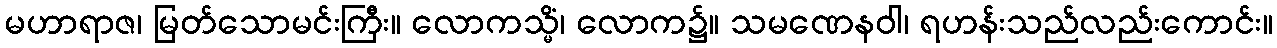
မဟာရာဇ၊ မြတ်သောမင်းကြီး။ လောကသ္မိံ၊ လောက၌။ သမဏေနဝါ၊ ရဟန်းသည်လည်းကောင်း။